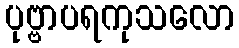
ပုဗ္ဗာပရကုသလော